38_143685_box_Incident_Summaries_101-172
Agency: Department of War
Page 92
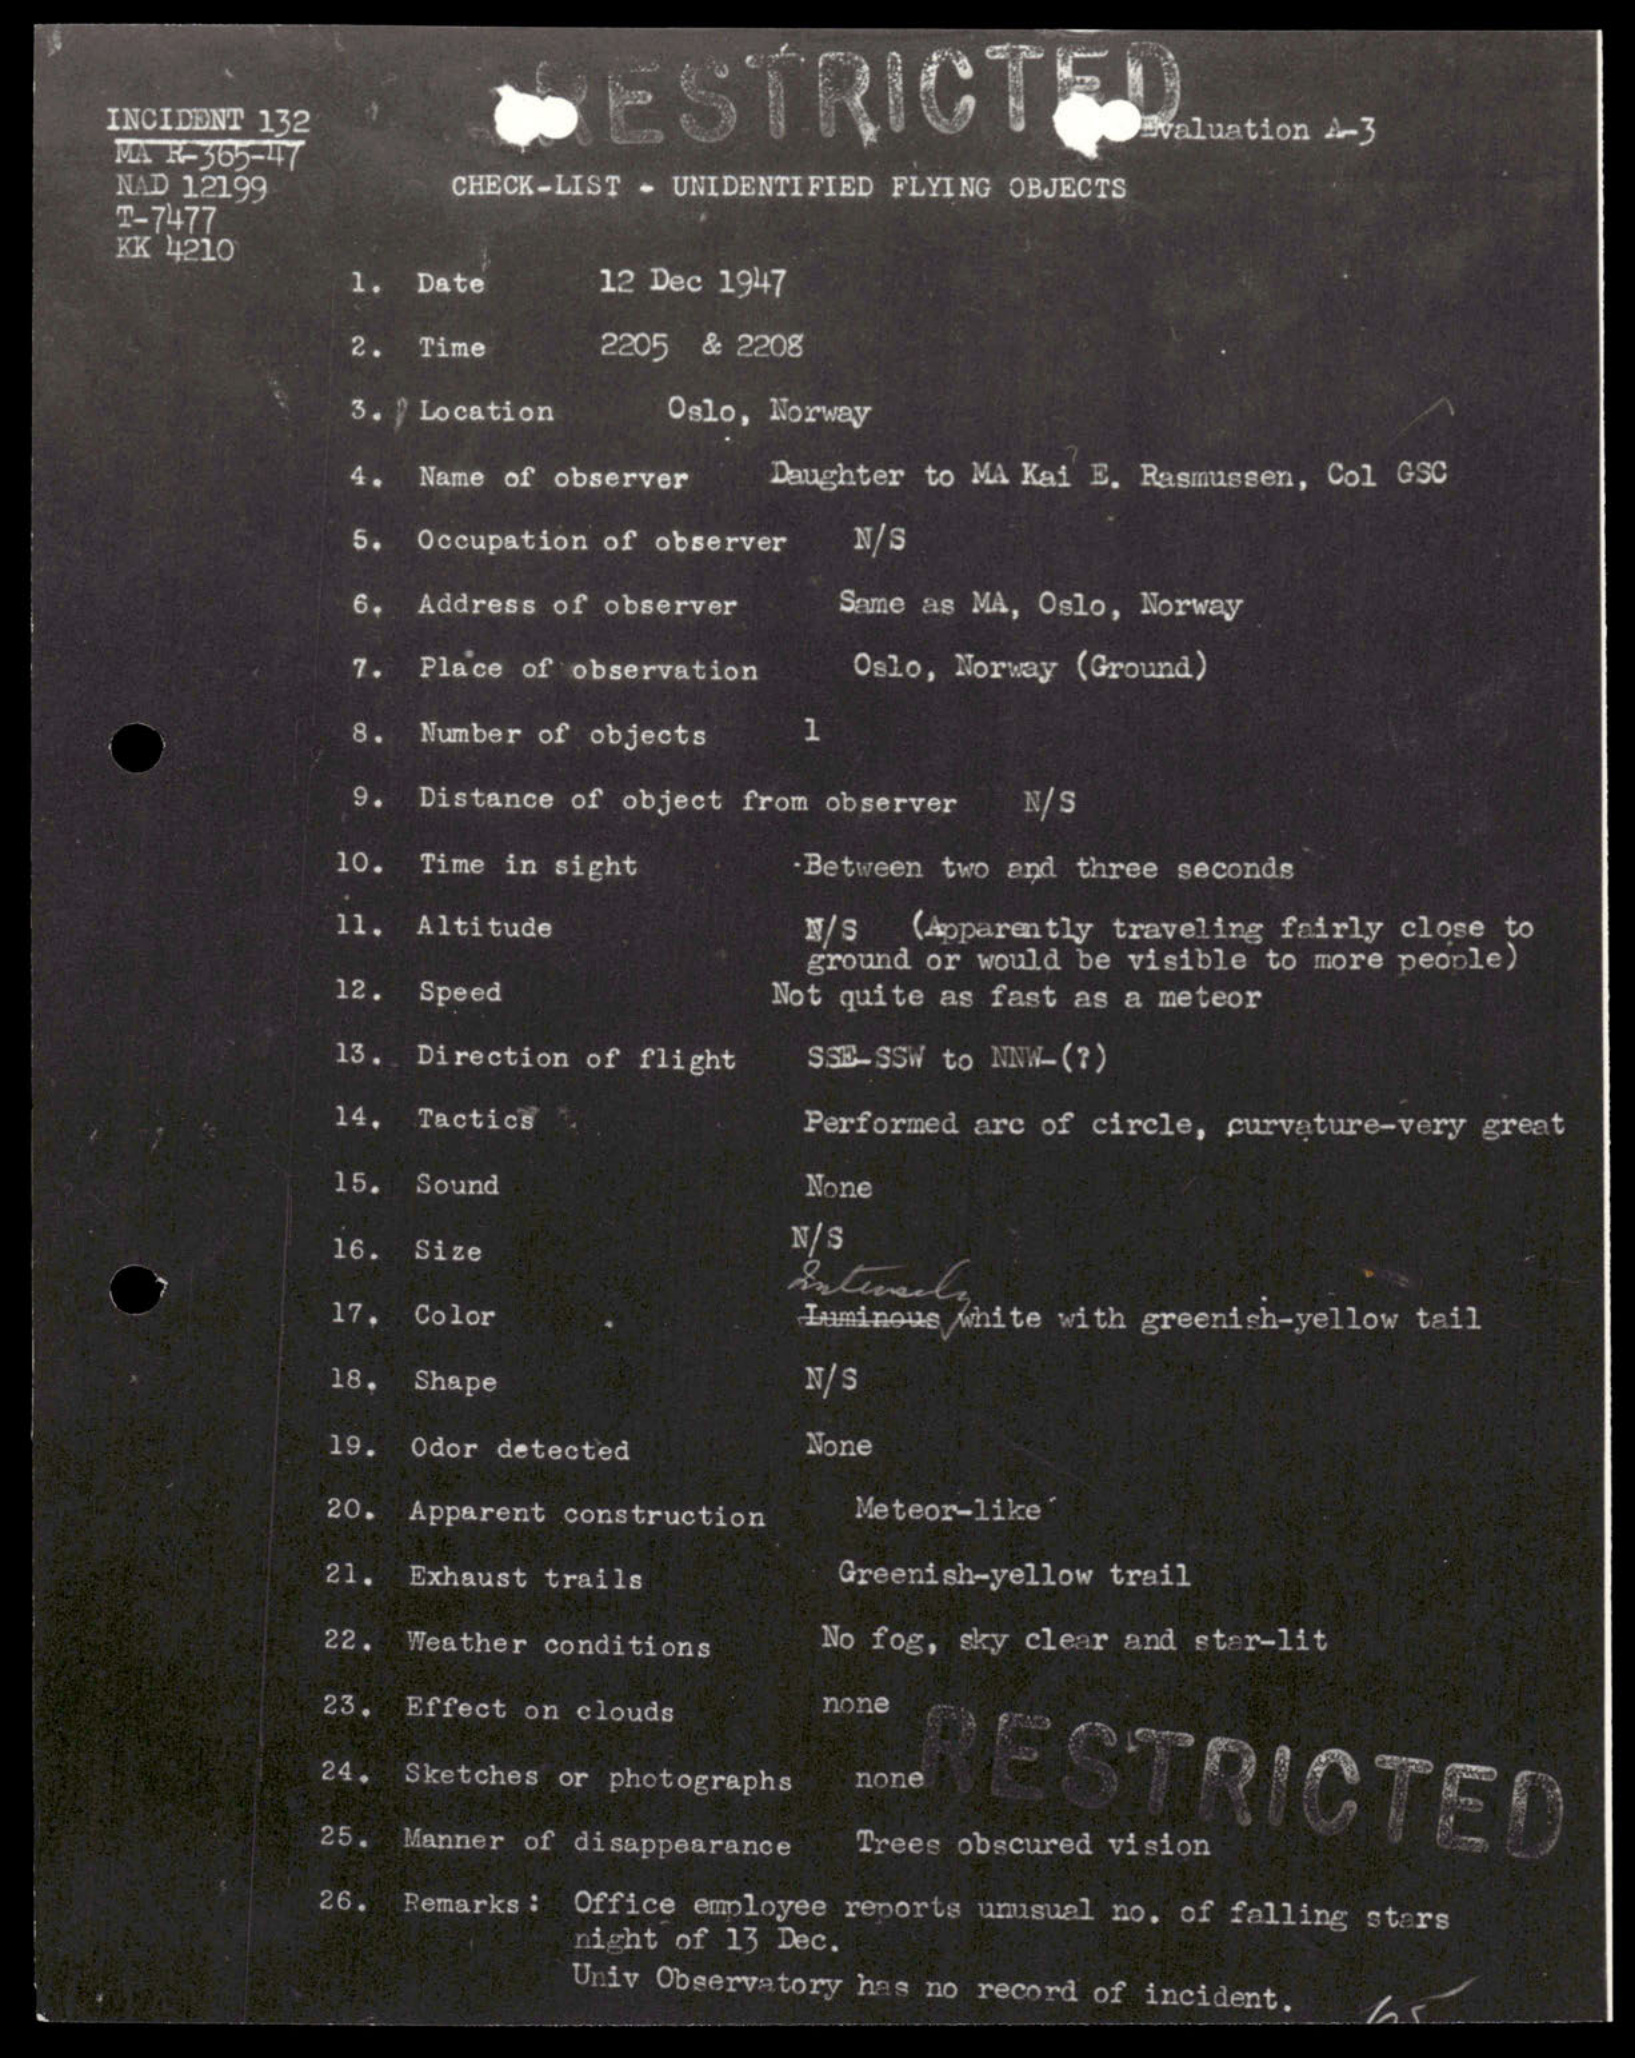